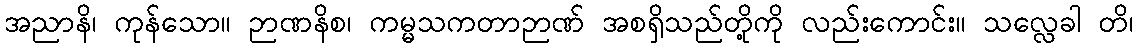
အညာနိ၊ ကုန်သော။ ဉာဏနိစ၊ ကမ္မသကတာဉာဏ် အစရှိသည်တို့ကို လည်းကောင်း။ သလ္လေခါ တိ၊